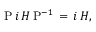
{ \mathrm { P } } \, i \, H \, { \mathrm { P } } ^ { - 1 } \, = \, i \, H { \mathrm { , } }